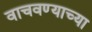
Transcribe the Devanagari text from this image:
वाचवण्याच्या